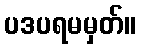
ပဒပရမမှတ်။